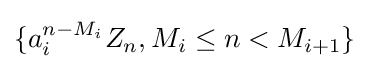
\{a_{i}^{n-M_{i}}Z_{n},M_{i}\leq n<M_{i+1}\}